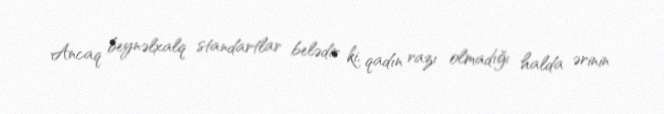
Ancaq beynəlxalq standartlar belədir ki, qadın razı olmadığı halda ərinin